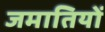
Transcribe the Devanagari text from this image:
जमातियों